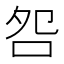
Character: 𫩨